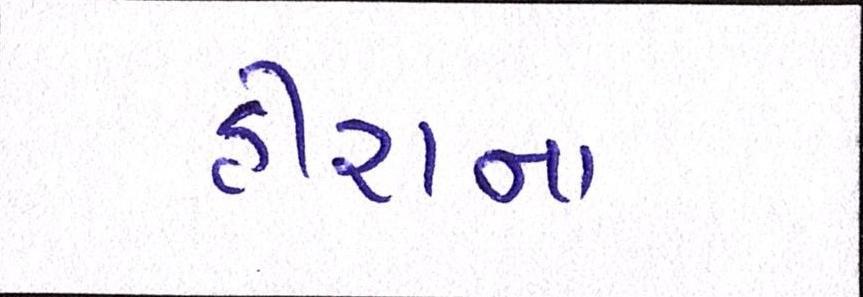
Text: હીરાના